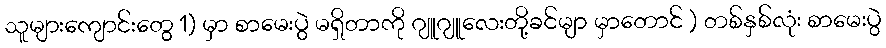
သူများကျောင်းတွေ 1) မှာ စာမေးပွဲ မရှိတာကို ဂျူဂျူလေးတို့ခင်မျာ မှာတောင် ) တစ်နှစ်လုံး စာမေးပွဲ